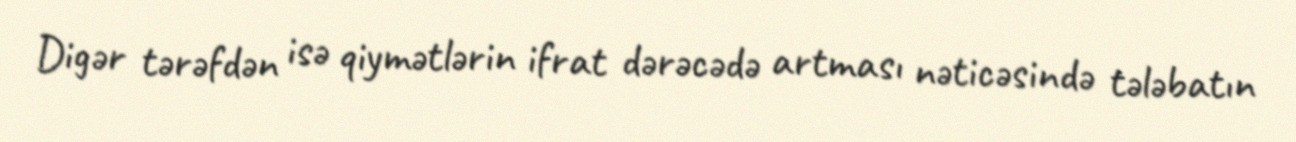
Digər tərəfdən isə qiymətlərin ifrat dərəcədə artması nəticəsində tələbatın